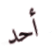
أحد